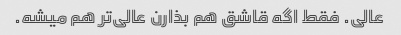
عالی. فقط اگه قاشق هم بذارن عالی‌تر هم میشه.